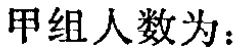
甲组人数为：